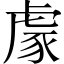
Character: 豦